Annual report of the Punjab Veterinary College and of the Civil Veterinary Department, Punjab - 1894-1908
Year: 1894
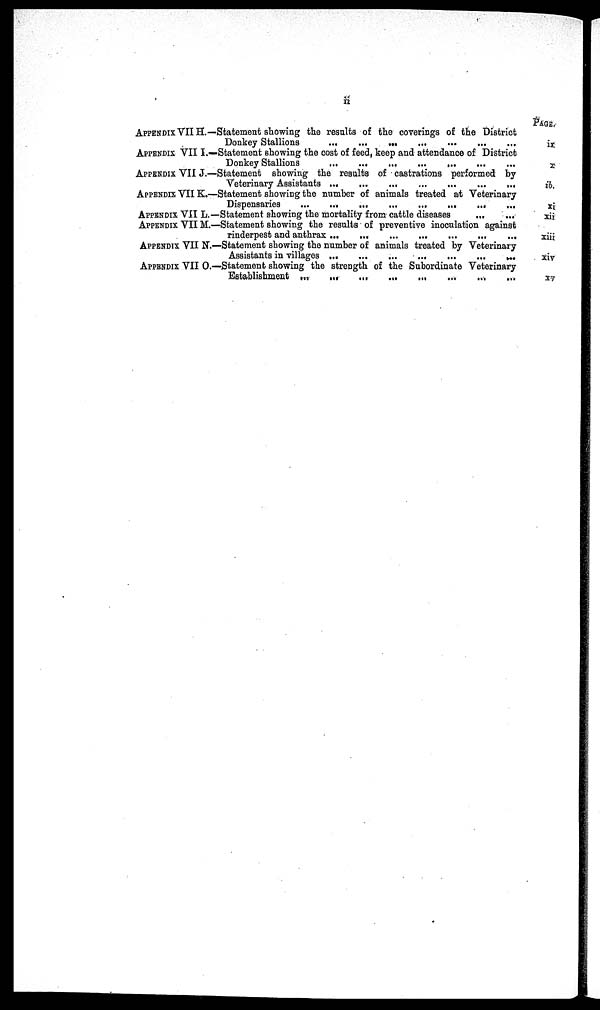
ii
APPENDIX VII H.—
APPENDIX VII I.—
APPENDIX VII J.—
APPENDIX VII K.—
APPENDIX VII L.—
APPENDIX VII M.—
APPENDIX VII N.—
APPENDIX VII O.—
Statement showing the results of the coverings of the District
Donkey Stallions
...
...
...
...
Statement showing the cost of feed, keep and attendance of District
Donkey Stallions
...
...
...
...
...
...
...
Statement showing the results of castrations performed by
Veterinary Assistants ...
...
Statement showing the number of animals treated at Veterinary
Dispensaries ...
Dispensaries ...
Statement showing the mortality from cattle diseases
...
...
Statement showing the results of preventive inoculation against
rinderpest and anthrax
...
Statement showing the number of animals treated by Veterinary
Assistants in villages ...
...
...
...
Statement showing the strength of the Subordinate Veterinary
Establishment
...
...
...
...
...
PAGE.
ix
x
ib.
xi
xii
xiii
xiv
xv